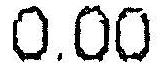
0.00